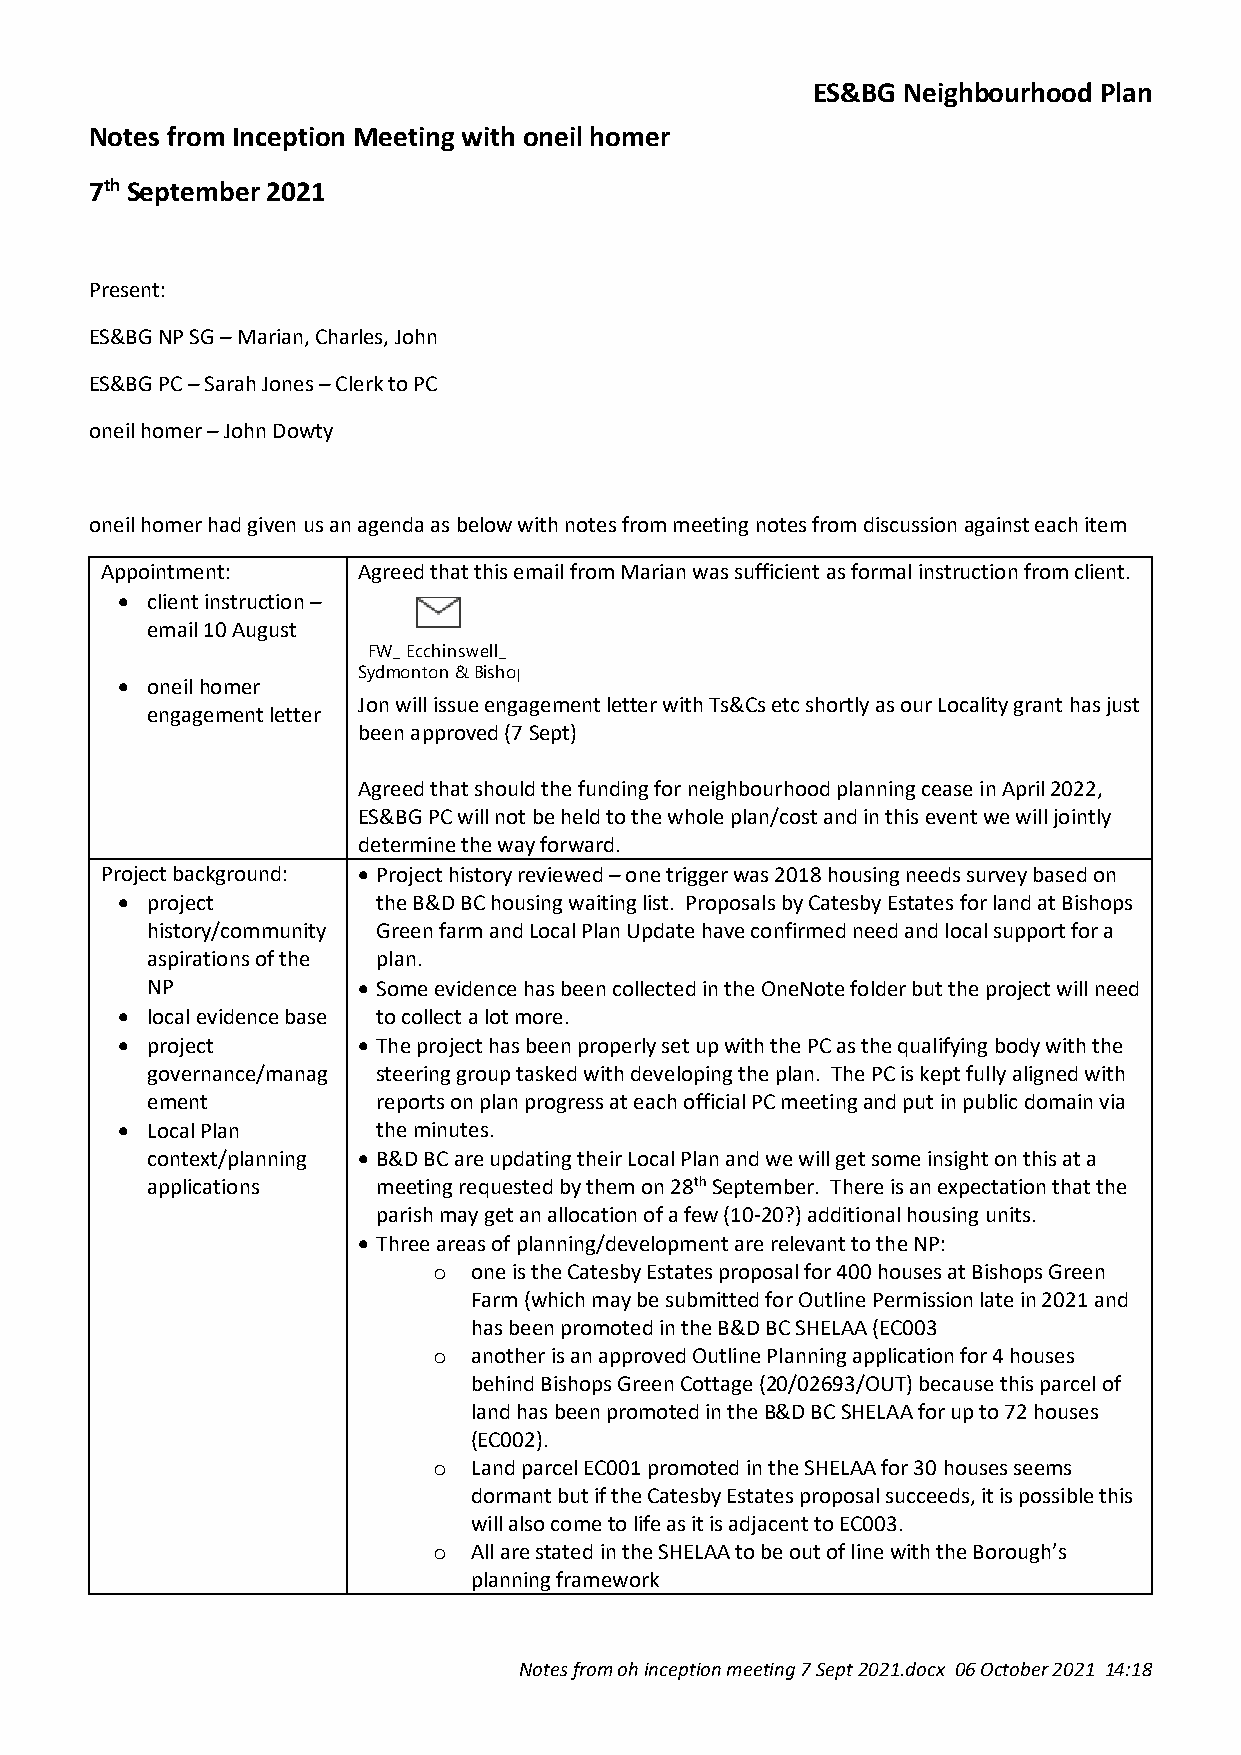
ES&BG Neighbourhood Plan
 Notes from Inception Meeting with oneil homer
 7th September 2021
 Present:
 ES&BG NP SG – Marian, Charles, John
 ES&BG PC – Sarah Jones – Clerk to PC
 oneil homer – John Dowty
 oneil homer had given us an agenda as below with notes from meeting notes from discussion against each item
 Appointment:     Agreed that this email from Marian was sufficient as formal instruction from client.
 • client instruction –
 email 10 August
 FW_ Ecchinswell_
 Sydmonton & Bishops Green neighbourhood planning group - email engaging oneill homer as consultants.msg
 • oneil homer
 Jon will issue engagement letter with Ts&Cs etc shortly as our Locality grant has just
 engagement letter
 been approved (7 Sept)
 Agreed that should the funding for neighbourhood planning cease in April 2022,
 ES&BG PC will not be held to the whole plan/cost and in this event we will jointly
 determine the way forward.
 Project background: • Project history reviewed – one trigger was 2018 housing needs survey based on
 • project        the B&D BC housing waiting list. Proposals by Catesby Estates for land at Bishops
 history/community Green farm and Local Plan Update have confirmed need and local support for a
 aspirations of the plan.
 NP            • Some evidence has been collected in the OneNote folder but the project will need
 • local evidence base to collect a lot more.
 • project       • The project has been properly set up with the PC as the qualifying body with the
 governance/manag steering group tasked with developing the plan. The PC is kept fully aligned with
 ement          reports on plan progress at each official PC meeting and put in public domain via
 • Local Plan     the minutes.
 context/planning • B&D BC are updating their Local Plan and we will get some insight on this at a
 applications   meeting requested by them on 28th September. There is an expectation that the
 parish may get an allocation of a few (10-20?) additional housing units.
 • Three areas of planning/development are relevant to the NP:
 o one is the Catesby Estates proposal for 400 houses at Bishops Green
 Farm (which may be submitted for Outline Permission late in 2021 and
 has been promoted in the B&D BC SHELAA (EC003
 o another is an approved Outline Planning application for 4 houses
 behind Bishops Green Cottage (20/02693/OUT) because this parcel of
 land has been promoted in the B&D BC SHELAA for up to 72 houses
 (EC002).
 o Land parcel EC001 promoted in the SHELAA for 30 houses seems
 dormant but if the Catesby Estates proposal succeeds, it is possible this
 will also come to life as it is adjacent to EC003.
 o All are stated in the SHELAA to be out of line with the Borough’s
 planning framework
 Notes from oh inception meeting 7 Sept 2021.docx 06 October 2021 14:18